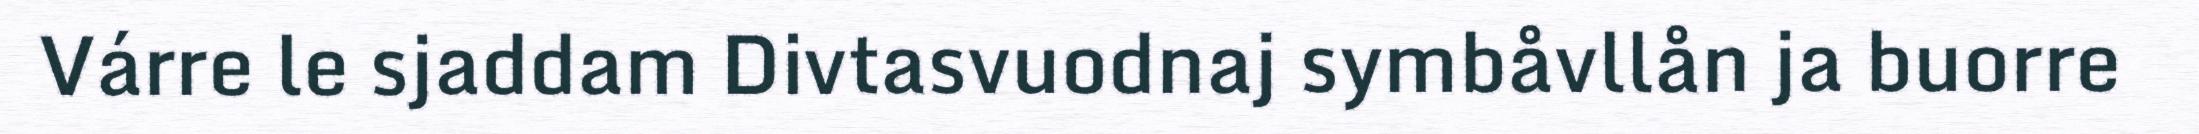
Várre le sjaddam Divtasvuodnaj symbåvllån ja buorre